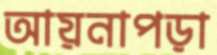
আয়নাপড়া